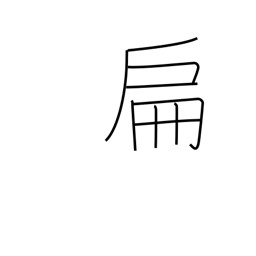
Meaning: small